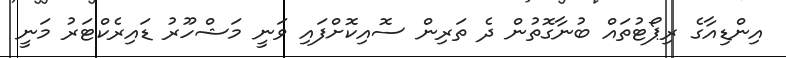
އިންޑިއާގެ ރިޕޯޓުތައް ބުނާގޮތުން ދެ ތަރިން ސޮއިކޮށްފައި ވަނީ މަޝްހޫރު ޑައިރެކްޓަރު މަނީ